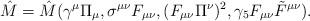
LaTeX: \begin{align*}\hat{M} = \hat{M}(\gamma^\mu \Pi_\mu, \sigma^{\mu \nu} F_{\mu \nu}, (F_{\mu \nu} \Pi^\nu)^2, \gamma_5 F_{\mu \nu} \tilde{F}^{\mu \nu}).\end{align*}